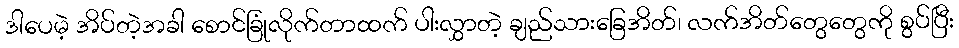
ဒါပေမဲ့ အိပ်တဲ့အခါ စောင်ခြုံလိုက်တာထက် ပါးလွှာတဲ့ ချည်သားခြေအိတ်၊ လက်အိတ်တွေတွေကို စွပ်ပြီး